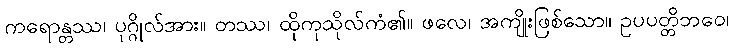
ကရောန္တဿ၊ ပုဂ္ဂိုလ်အား။ တဿ၊ ထိုကုသိုလ်ကံ၏။ ဖလေ၊ အကျိုးဖြစ်သော။ ဥပပတ္တိဘဝေ၊